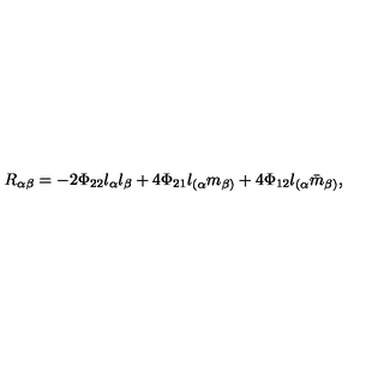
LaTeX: R _ { \alpha \beta } = - 2 \Phi _ { 2 2 } l _ { \alpha } l _ { \beta } + 4 \Phi _ { 2 1 } l _ { ( \alpha } m _ { \beta ) } + 4 \Phi _ { 1 2 } l _ { ( \alpha } { \bar { m } } _ { \beta ) } ,